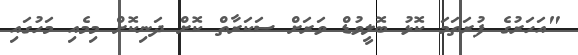
"އަހަރުގެ ފުރަތަމަ ކޮޅު ބޮލީވުޑް ވަރަށް ސަކަރާތް ކޮށް ދަނިކޮށް މިމެއި މަހުގައި